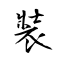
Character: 裝